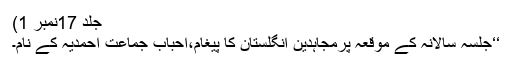
جلد 17نمبر 1)
‘‘جلسہ سالانہ کے موقعہ پرمجاہدین انگلستان کا پیغام،احباب جماعت احمدیہ کے نام۔